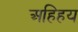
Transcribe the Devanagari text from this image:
अहिहय